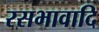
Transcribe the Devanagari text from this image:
रसभावादि